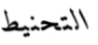
التحنيط